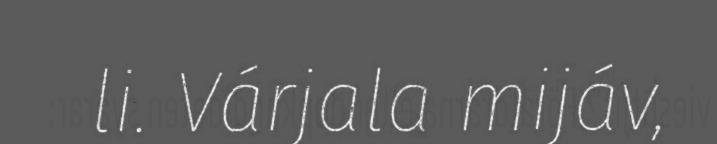
li. Várjala mijáv,